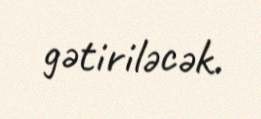
gətiriləcək.